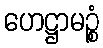
ဟေဋ္ဌာမဉ္စံ